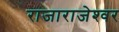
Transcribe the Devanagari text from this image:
राजाराजेश्‍वर